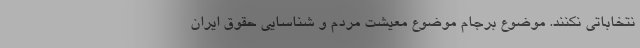
نتخاباتی نکنند. موضوع برجام موضوع معیشت مردم و شناسایی حقوق ایران